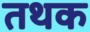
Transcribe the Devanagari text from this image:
तथक